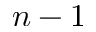
n - 1